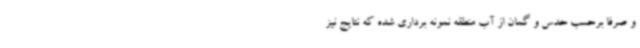
و صرفا برحسب حدس و گمان از آب منطقه نمونه برداری شده که نتایج نیز